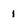
Character: 1